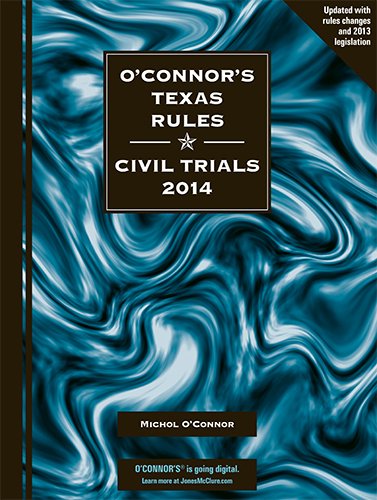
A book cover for O'Connor's Texas Rules * Civil Trials 2014; Michol O'Connor; Law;